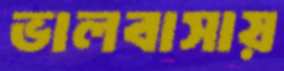
ভালবাসায়